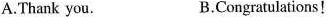
A.Thank you. B.Congratulations!